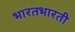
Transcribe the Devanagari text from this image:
भारतभारती